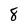
Character: 8